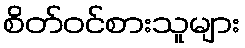
စိတ်ဝင်စားသူများ